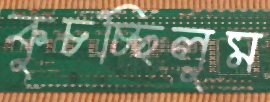
কুচচ্ছিলুম